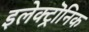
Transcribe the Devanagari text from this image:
इलेक्ट्रॊनिक